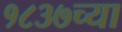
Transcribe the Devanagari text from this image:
१८३७च्या